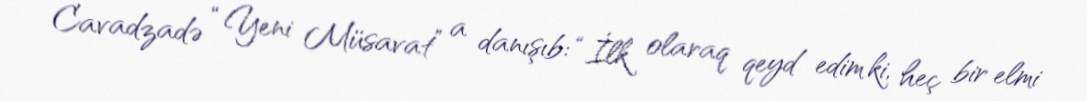
Cavadzadə “Yeni Müsavat” a danışıb: “İlk olaraq qeyd edim ki, heç bir elmi